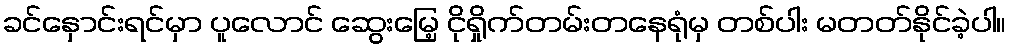
ခင်နှောင်းရင်မှာ ပူလောင် ဆွေးမြေ့ ငိုရှိုက်တမ်းတနေရုံမှ တစ်ပါး မတတ်နိုင်ခဲ့ပါ။